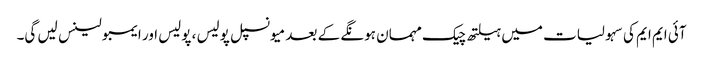
آئی ایم ایم کی سہولیات میں ہیلتھ چیک مہمان ہونگے کے بعد میونسپل پولیس ، پولیس اور ایمبولینس لیں گی۔